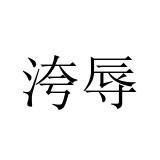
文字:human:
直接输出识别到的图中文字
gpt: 洿辱